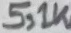
Text: 5,1K